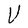
Character: U